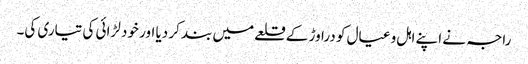
راجہ نے اپنے اہل و عیال کو دراوڑ کے قلعے میں بند کر دیا اور خود لڑائی کی تیاری کی۔